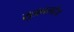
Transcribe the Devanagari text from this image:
सुक्रालोज